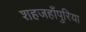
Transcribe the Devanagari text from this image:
शहजहाँपुरिया